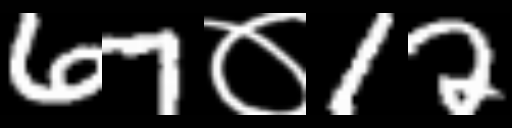
Text: 67०12